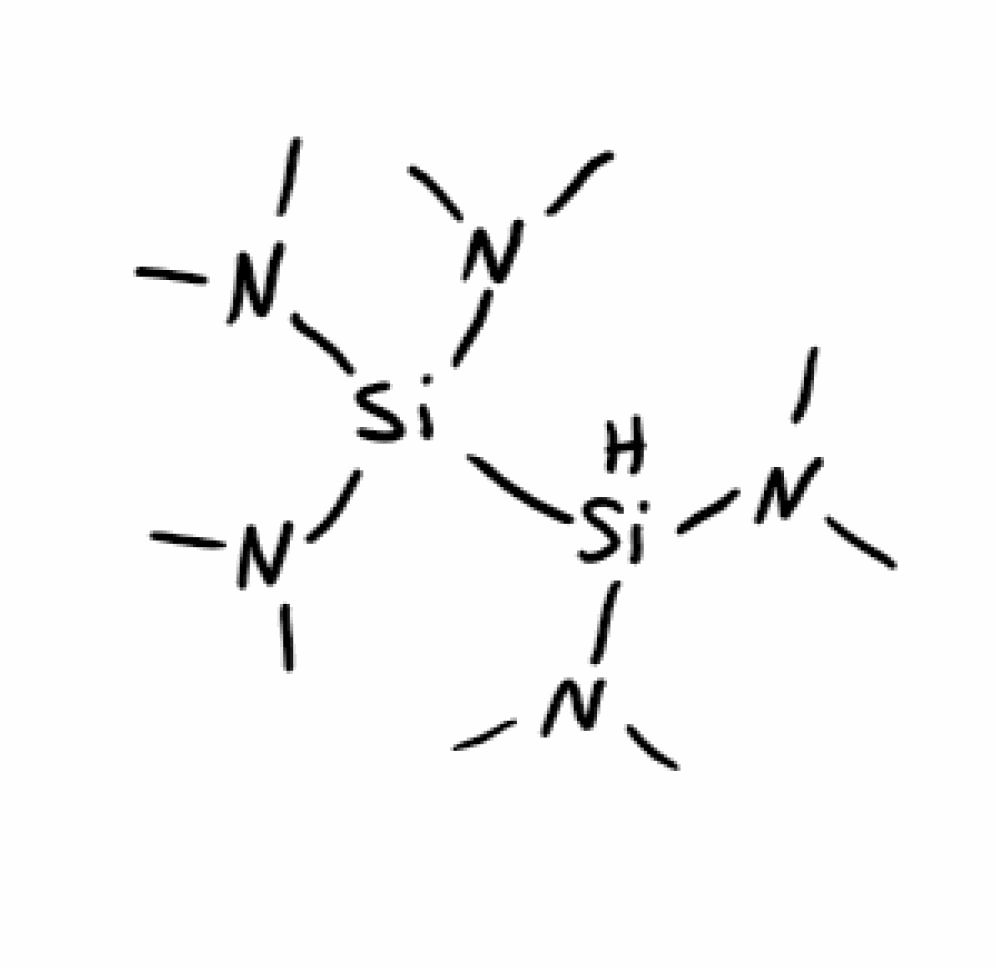
Simplified molecular-input line-entry system (SMILES) notation of the given molecule:
CN(C)[SiH](N(C)C)[Si](N(C)C)(N(C)C)N(C)C